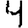
Digit: 4